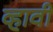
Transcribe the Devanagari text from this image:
व्‍हावी